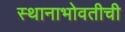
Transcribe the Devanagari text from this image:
स्थानाभोवतीची